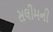
સલીમની